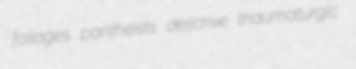
foliages pantheists descrive thaumaturgic